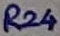
Text: R24